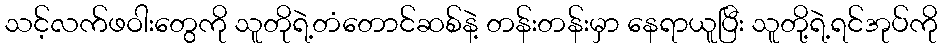
သင့်လက်ဖဝါးတွေကို သူတိုရဲ့တံတောင်ဆစ်နဲ့ တန်းတန်းမှာ နေရာယူပြီး သူတို့ရဲ့ရင်အုပ်ကို